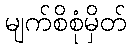
မျက်စိစုံမှိတ်